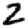
Digit: 2